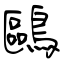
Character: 鷗